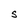
Character: S